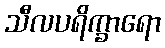
သီလပရိက္ခာရော